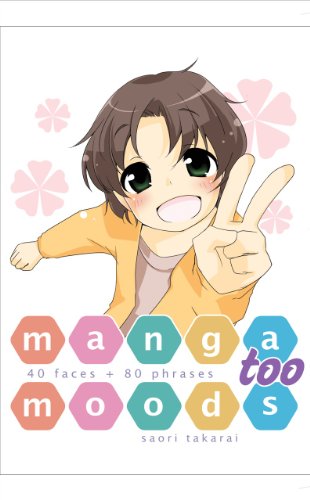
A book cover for Manga Moods, Too; Saori Takarai; Comics & Graphic Novels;